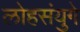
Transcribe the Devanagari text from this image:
लोहसंयुगे